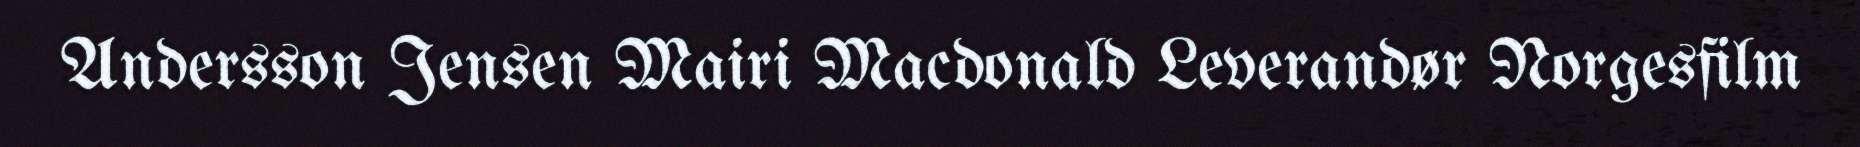
Andersson Jensen Mairi Macdonald Leverandør Norgesfilm